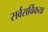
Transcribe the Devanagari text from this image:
सर्वसर्विकया